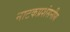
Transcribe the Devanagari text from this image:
नाटकप्रशंसनीय